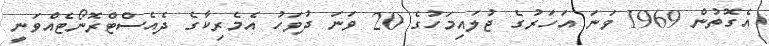
އެގޮތުން 1969 ވަނަ އަހަރުގެ ޖުލައިމަހުގެ 20 ވަނަ ދުވަހު އެމެރިކާގެ ދެއެސްޓްރޮނޯޓެއްވަނީ